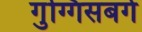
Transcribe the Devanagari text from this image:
गुग्गिसबर्ग